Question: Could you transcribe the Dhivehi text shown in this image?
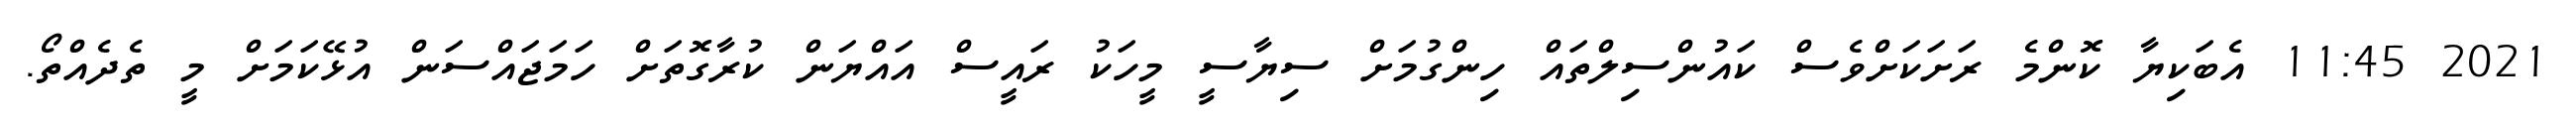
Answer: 2021 11:45 އެބަކިޔާ ކޮންމެ ރަށަކަށްވެސް ކައުންސިލްތައް ހިންގުމަށް ސިޔާސީ މީހަކު ރައީސް އައްޔަން ކުރާގޮތަށް ހަމަޖައްސަން އުޅޭކަމަށް މީ ތެދެއްތޯ.